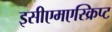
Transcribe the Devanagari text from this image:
इसीएमएस्क्रिप्ट